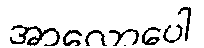
အာလောပေါ